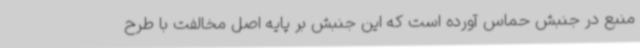
منبع در جنبش حماس آورده است که این جنبش بر پایه اصل مخالفت با طرح